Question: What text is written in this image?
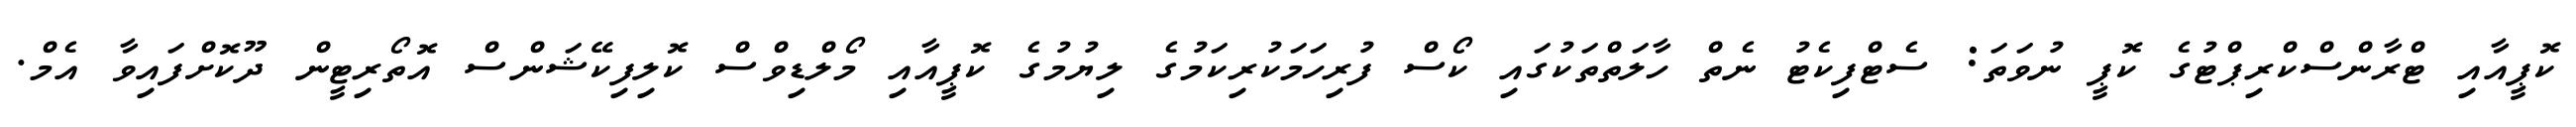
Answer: ކޮޕީއާއި ޓްރާންސްކްރިޕްޓުގެ ކޮޕީ ނުވަތަ: ސެޓްފިކެޓު ނެތް ހާލަތްތަކުގައި ކޯސް ފުރިހަމަކުރިކަމުގެ ލިޔުމުގެ ކޮޕީއާއި މޯލްޑިވްސް ކޮލިފިކޭޝަންސް އޮތޯރިޓީން ދޫކޮށްފައިވާ އެމް.